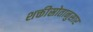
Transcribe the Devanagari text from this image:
शक्तीस्रोतानुसार